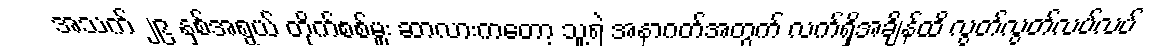
အသက် ၂၉ နှစ်အရွယ် တိုက်စစ်မှူး ဆာလားကတော့ သူ့ရဲ အနာဂတ်အတွက် လက်ရှိအချိန်ထိ လွတ်လွတ်လပ်လပ်